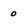
Character: 0